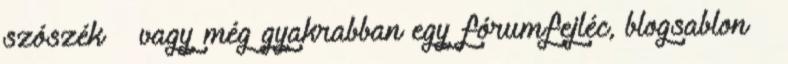
szószék – vagy még gyakrabban egy fórumfejléc, blogsablon –